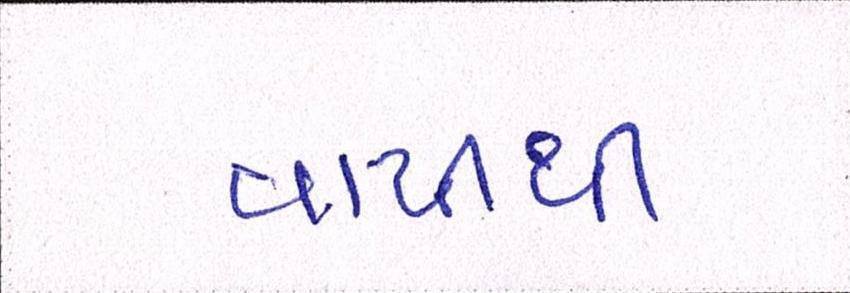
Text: વાપીથી